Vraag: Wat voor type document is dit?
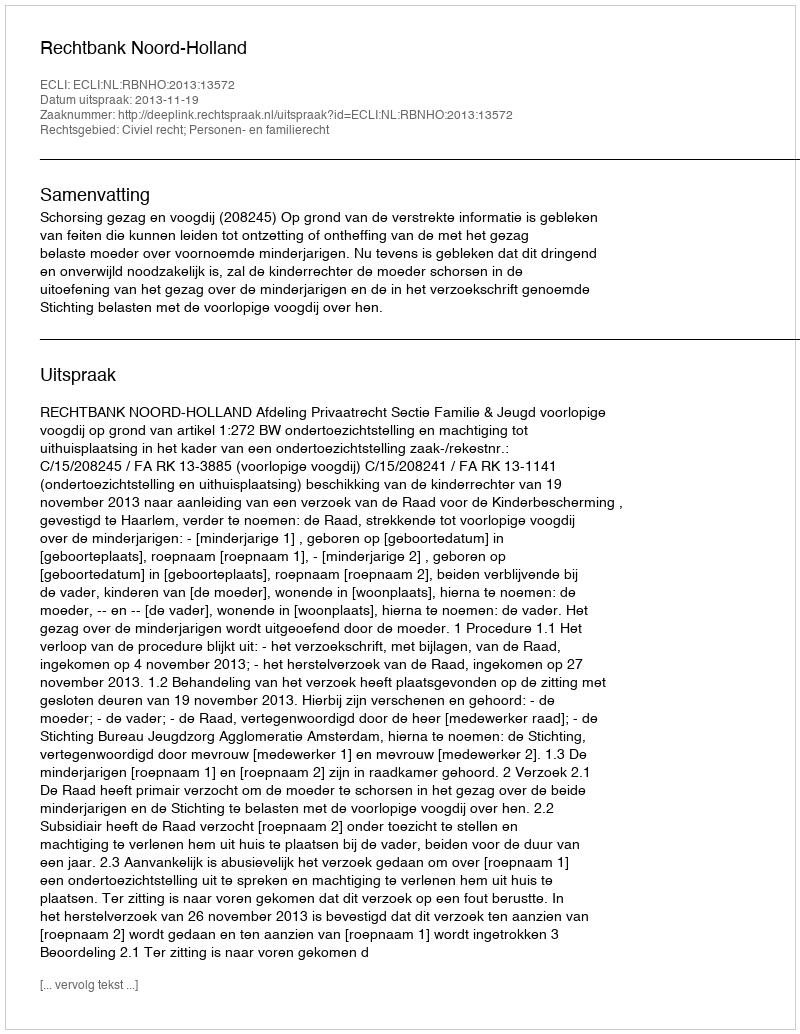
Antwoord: Uitspraak